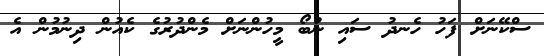
ސްކޭނަށް ފަހު ހެނދު ސައި ނުބޯ މީހުންނަށް މެންދުރުގެ ކެއުން ދިނުމުން އެ